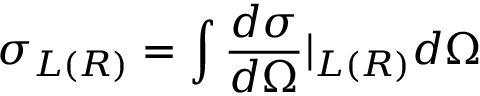
\sigma _ { L ( R ) } = \int \frac { d \sigma } { d \Omega } | _ { L ( R ) } d \Omega \nonumber